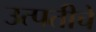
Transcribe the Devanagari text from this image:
उत्पतीचे